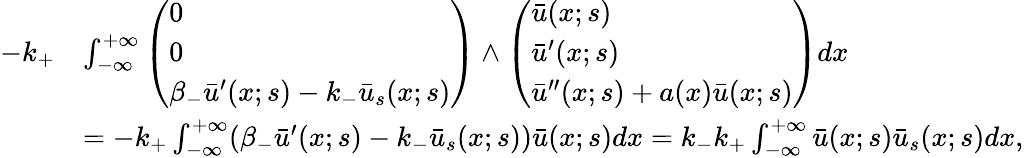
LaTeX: \begin{array}{rl}{-k_{+}}&{\int_{-\infty}^{+\infty}\left(\begin{array}{l}{0}\\ {0}\\ {\beta_{-}\bar{u}^{\prime}(x;s)-k_{-}\bar{u}_{s}(x;s)}\end{array}\right)\wedge\left(\begin{array}{l}{\bar{u}(x;s)}\\ {\bar{u}^{\prime}(x;s)}\\ {\bar{u}^{\prime\prime}(x;s)+a(x)\bar{u}(x;s)}\end{array}\right)dx}\\ &{=-k_{+}\int_{-\infty}^{+\infty}(\beta_{-}\bar{u}^{\prime}(x;s)-k_{-}\bar{u}_{s}(x;s))\bar{u}(x;s)dx=k_{-}k_{+}\int_{-\infty}^{+\infty}\bar{u}(x;s)\bar{u}_{s}(x;s)dx,}\end{array}